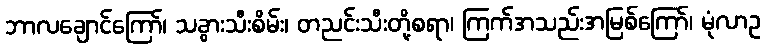
ဘာလချောင်ကြော်၊ သခွားသီးစိမ်း၊ တညင်းသီးတို့စရာ၊ ကြက်အသည်းအမြစ်ကြော်၊ မုံလာဥ